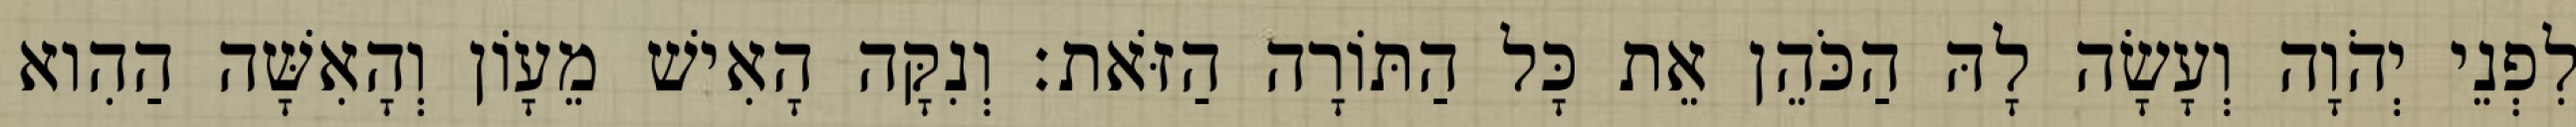
לִפְנֵי יְהֹוָה וְעָשָׂה לָהּ הַכֹּהֵן אֵת כָּל הַתּוֹרָה הַזֹּאת׃ וְנִקָּה הָאִישׁ מֵעָוֹן וְהָאִשָּׁה הַהִוא